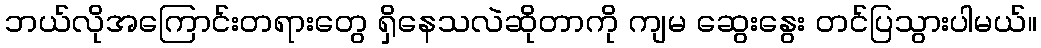
ဘယ်လိုအကြောင်းတရားတွေ ရှိနေသလဲဆိုတာကို ကျမ ဆွေးနွေး တင်ပြသွားပါမယ်။